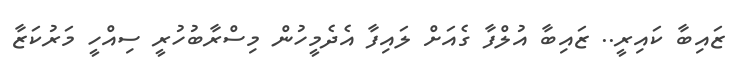
ޒައިބާ ކައިރީ.. ޒައިބާ އުލްފާ ގެއަށް ލައިފާ އެދެމީހުން މިސްރާބުހުރީ ސިއްހީ މަރުކަޒާ